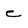
Character: e